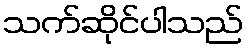
သက်ဆိုင်ပါသည်